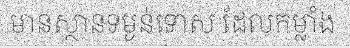
មានស្ថានទម្ងន់ទោស ដែលកម្លាំង